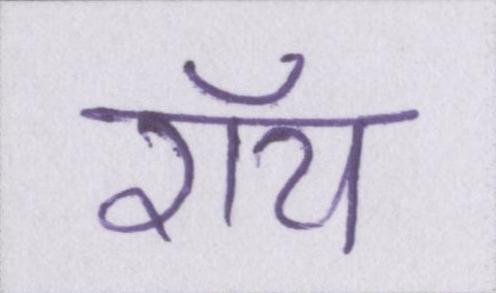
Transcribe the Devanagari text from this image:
रॉय